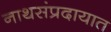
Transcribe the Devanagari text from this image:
नाथसंप्रदायात